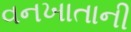
વનખાતાની